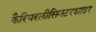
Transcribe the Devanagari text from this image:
कैरियरलीसिनटरशाइर